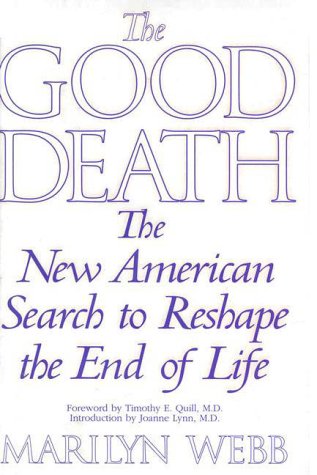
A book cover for The Good Death : The New American Search to Reshape the End of Life; Marilyn Webb; Medical Books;